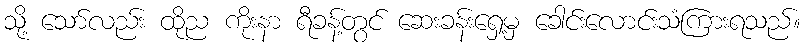
သို့ သော်လည်း ထိုည ကိုးနာ ရီခန့်တွင် ဆေးခန်းရှေ့မှ ခေါင်းလောင်းသံကြားရသည်။